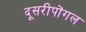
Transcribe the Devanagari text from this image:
दूसरीपोंगल